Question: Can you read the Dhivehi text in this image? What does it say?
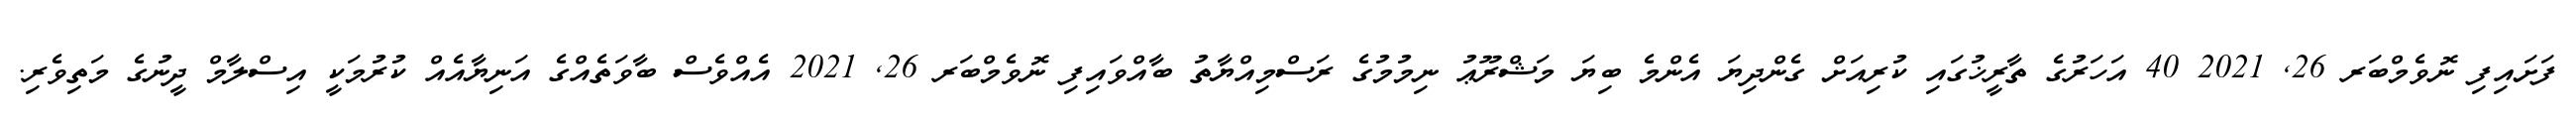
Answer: ފަށައިފި ނޮވެމްބަރ 26, 2021 40 އަހަރުގެ ތާރީޚުގައި ކުރިއަށް ގެންދިޔަ އެންމެ ބިޔަ މަޝްރޫޢު ނިމުމުގެ ރަސްމިއްޔާތު ބާއްވައިފި ނޮވެމްބަރ 26, 2021 އެއްވެސް ބާވަތެއްގެ އަނިޔާއެއް ކުރުމަކީ އިސްލާމް ދީނުގެ މަތިވެރި.